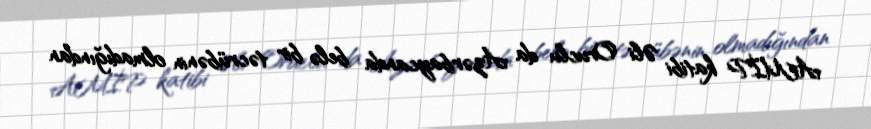
AMİP katibi Əli Oruclu da Azərbaycanda belə bir təcrübənin olmadığından